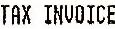
TAX INVOICE